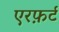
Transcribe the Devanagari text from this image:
एरफ़र्ट